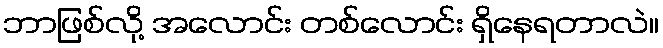
ဘာဖြစ်လို့ အလောင်း တစ်လောင်း ရှိနေရတာလဲ။